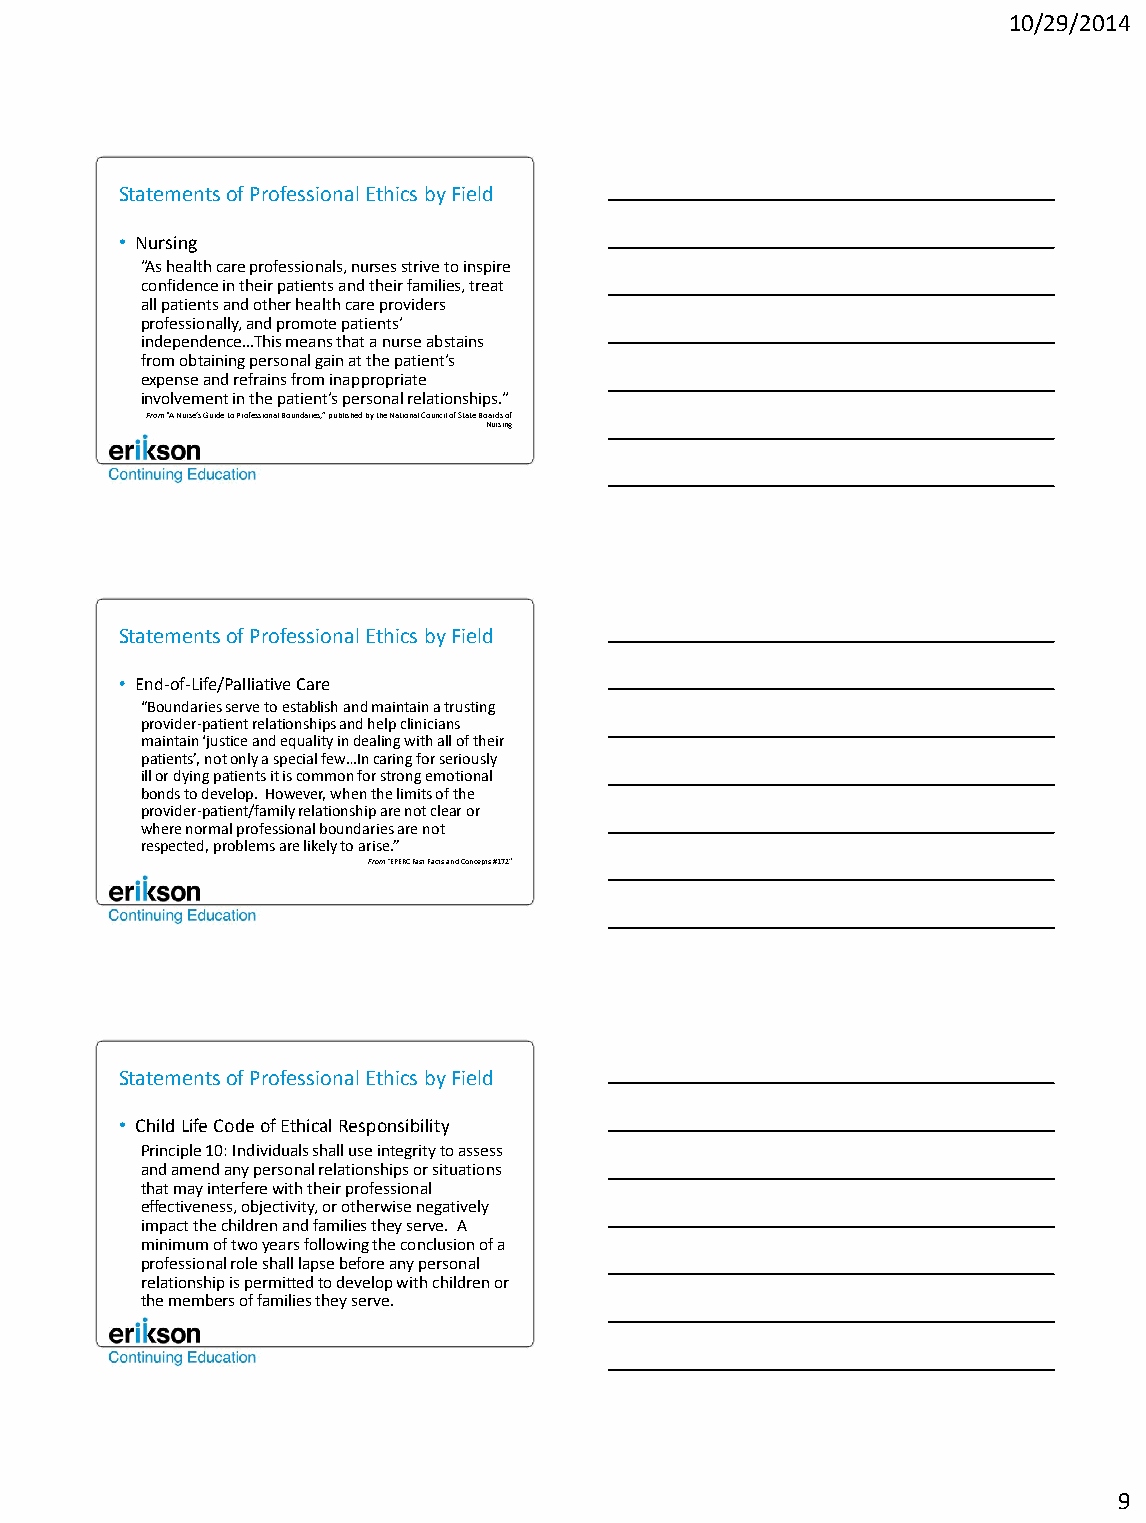
10/29/2014
 Statements of Professional Ethics by Field
 • Nursing
 ”As health care professionals, nurses strive to inspire
 confidence in their patients and their families, treat
 all patients and other health care providers
 professionally, and promote patients’
 independence…This means that a nurse abstains
 from obtaining personal gain at the patient’s
 expense and refrains from inappropriate
 involvement in the patient’s personal relationships.”
 From “A Nurse’s Guide to Professional Boundaries,” published by the National Council of State Boards of
 Nursing
 Statements of Professional Ethics by Field
 • End-of-Life/Palliative Care
 “Boundaries serve to establish and maintain a trusting
 provider-patient relationships and help clinicians
 maintain ‘justice and equality in dealing with all of their
 patients’, not only a special few…In caring for seriously
 ill or dying patients it is common for strong emotional
 bonds to develop. However, when the limits of the
 provider-patient/family relationship are not clear or
 where normal professional boundaries are not
 respected, problems are likely to arise.”
 From “EPERC Fast Facts and Concepts #172”
 Statements of Professional Ethics by Field
 • Child Life Code of Ethical Responsibility
 Principle 10: Individuals shall use integrity to assess
 and amend any personal relationships or situations
 that may interfere with their professional
 effectiveness, objectivity, or otherwise negatively
 impact the children and families they serve. A
 minimum of two years following the conclusion of a
 professional role shall lapse before any personal
 relationship is permitted to develop with children or
 the members of families they serve.
 9